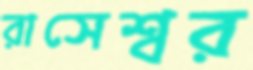
রাসেশ্বর